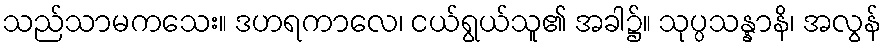
သည်သာမကသေး။ ဒဟရကာလေ၊ ငယ်ရွယ်သူ၏ အခါ၌။ သုပ္ပသန္နာနိ၊ အလွန်